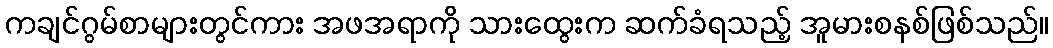
ကချင်ဂွမ်စာများတွင်ကား အဖအရာကို သားထွေးက ဆက်ခံရသည့် အူမားစနစ်ဖြစ်သည်။